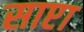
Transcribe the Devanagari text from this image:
साप्टा